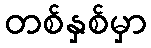
တစ်နှစ်မှာ